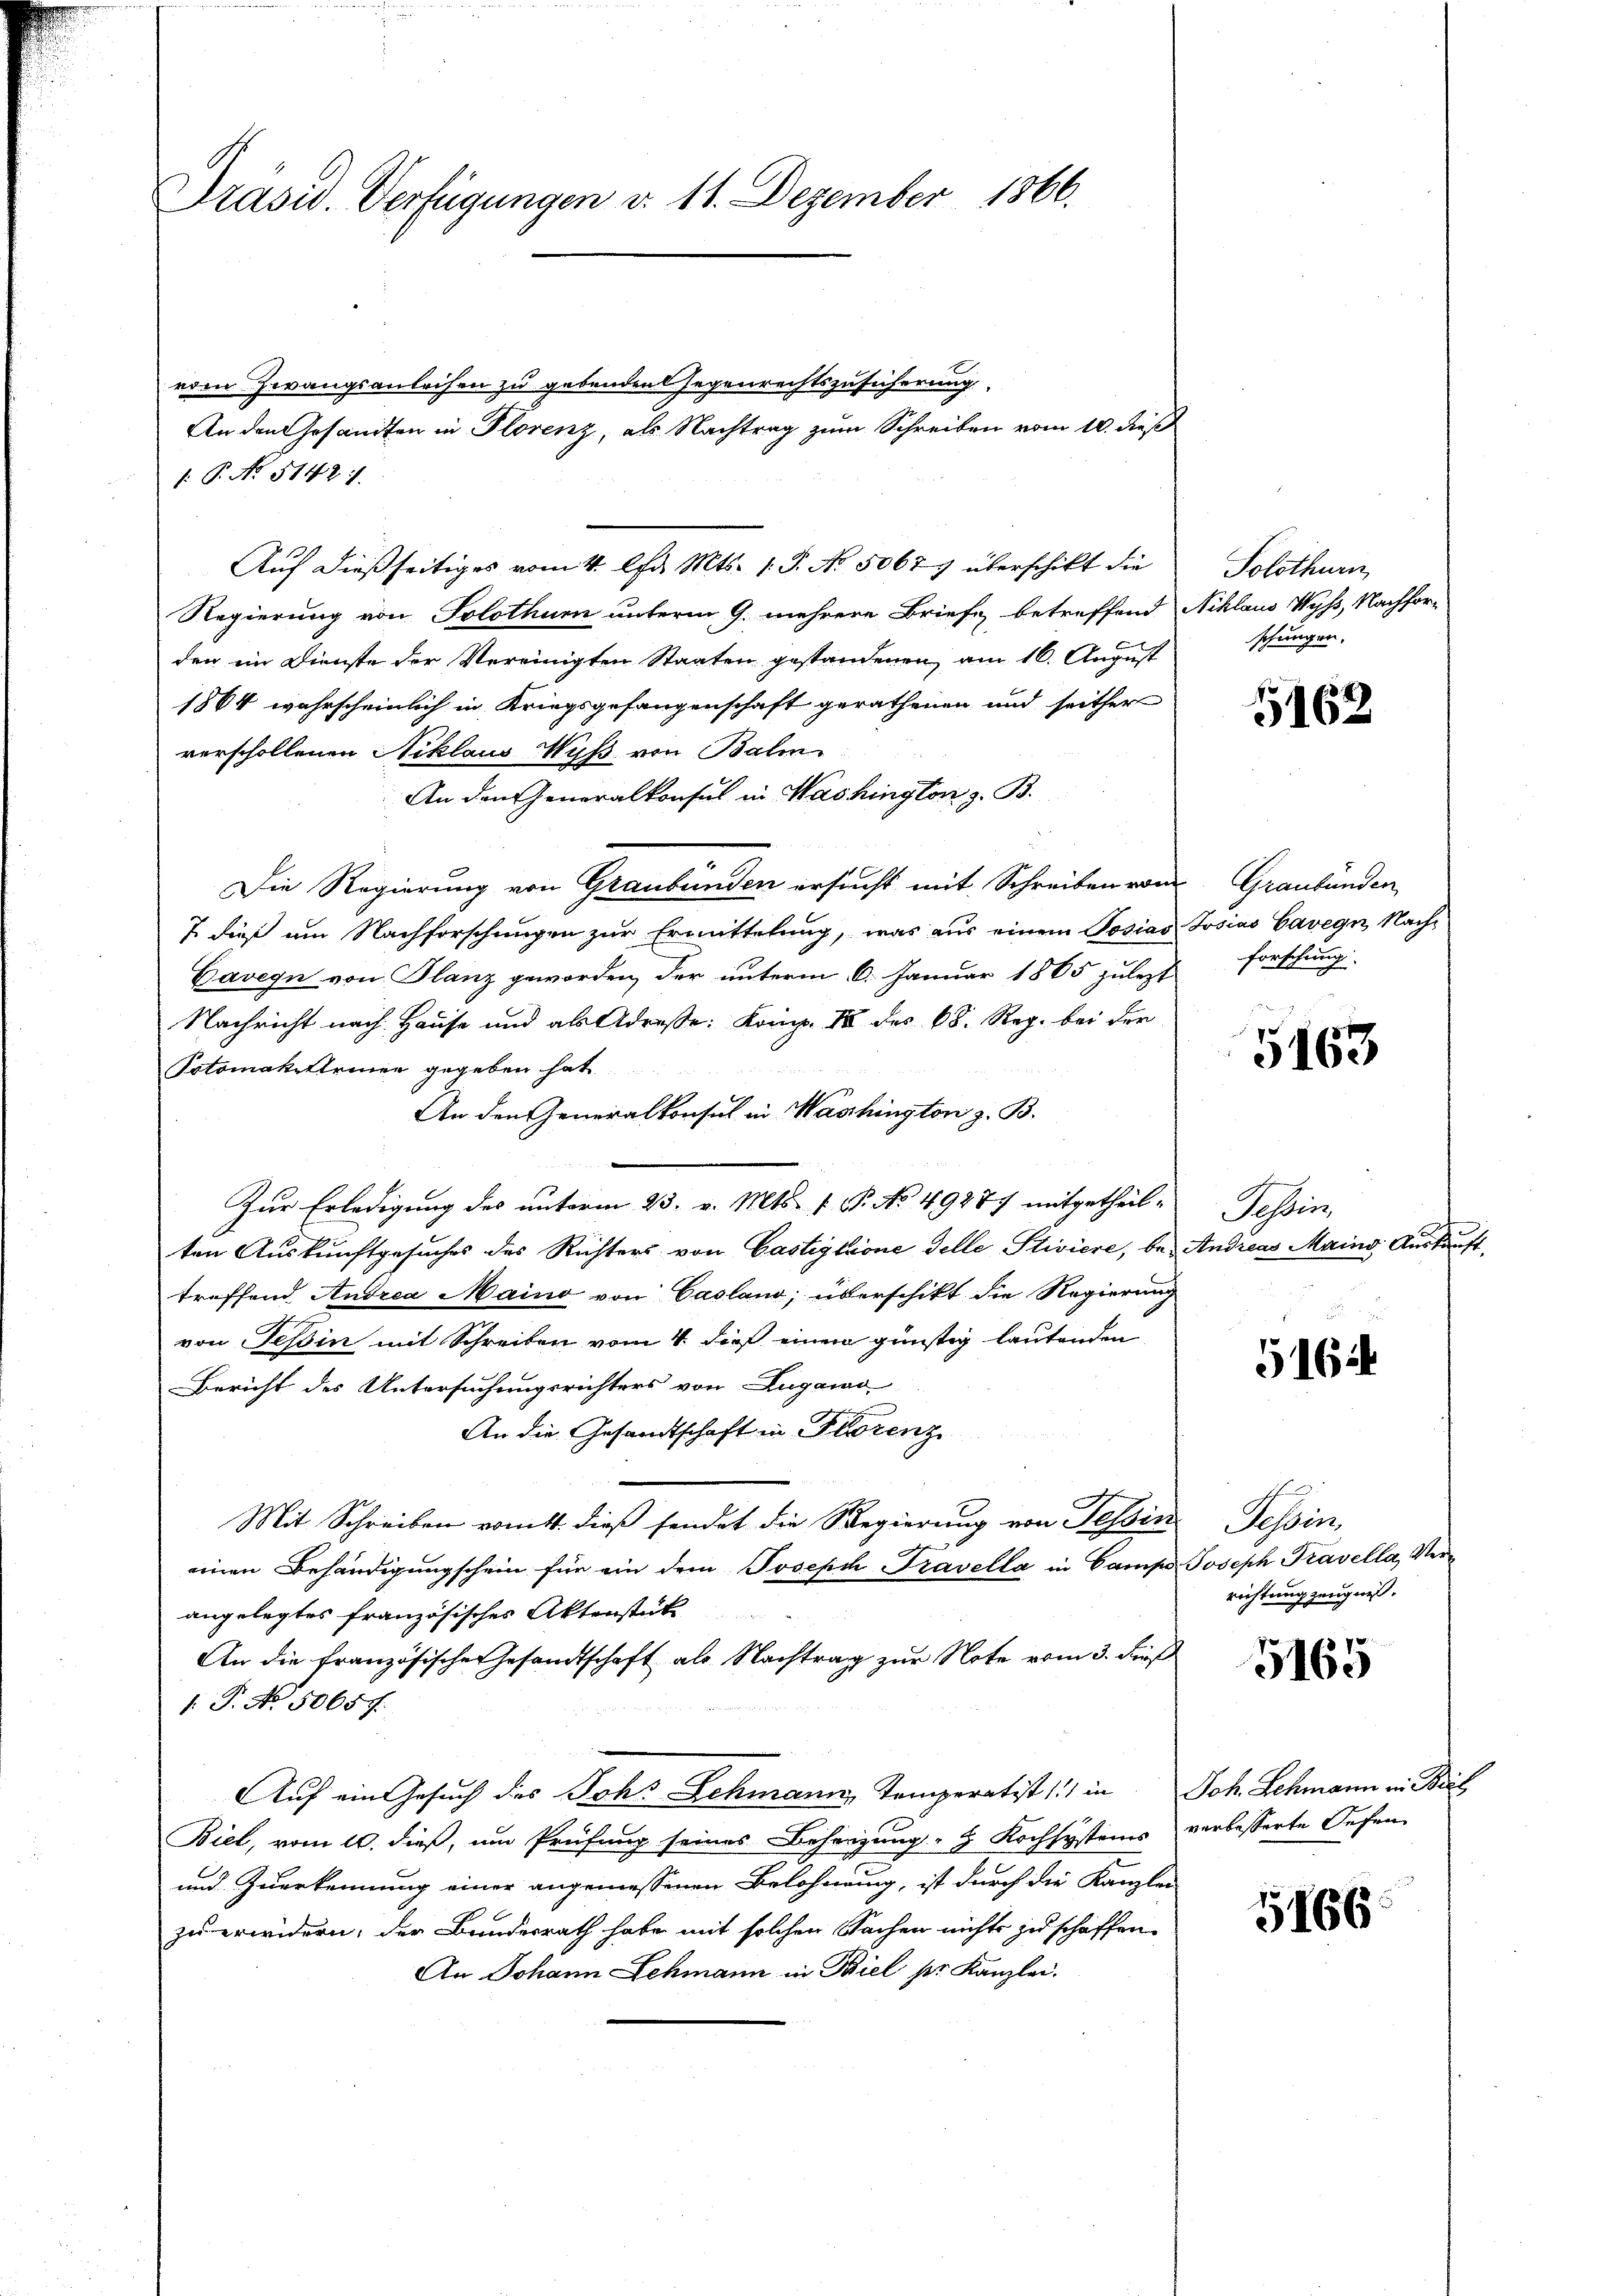
Präsid. Verfügungen d. 11. Dezember 1866.

eden Zwangsanleihen zu gebenden Gegenrechtszusicherung
An den Gesandten in Florenz, als Nachtrag zum Schreiben vom 10. dieß
1: P. No. 5142).
Auf dießseitiges vom 4. Apr. Mts. 1. P. No. 5067 überschikt die
Regierung von Solothum unterm 9. mehrere Briefe betreffend Niklaus Wyss, Nachfor-
den im Dienste der Vereinigten Staaten gestandenen, am 16. August
1864 wahrscheinlich in Kriegsgefangenschaft gerathenen und seither
verschollenen Niklaus Wyß von Bali
An den Generalkonsul in Washington z. B.
Die Regierung von Graubünden ersucht mit Schreiben von Graubünden
7 dieß am Nachforschungen zur Ermittelung, was aus einem Posias Josias Cavegn Nach¬
Gavegn von Planz geworden, der unterm 6. Januar 1865 zulezt forschung
Nachricht nach Hause und als Adresse: Komp. 18 des 68. Reg. bei der
Potomakittrinen gegeben hat
An den Generalkonsul in Washington z. B.
Zur Erledigung des unterm 23. v. Mts. 1. P. No 49277 mitgetheil- Tessin,
ten Auskunftgesuches des Richters von Castiglione delle Stiviere, be- Andreas Mains Auskauft,
treffend Andrea Maino von Casland; überschikt die Regierung
von Tessin mit Schreiben vom 4. dieß einem günstig lautenden
Bericht des Untersuchungsrichters von Lugano
An die Gesandtschaft in Florenz
Mit Schreiben vom 11. dieß sendet die Regierung von Tessin
einen Behändigungschein für ein dem Joseph Travella in Campe Joseph Travella, Verangelegtes französisches Aktenstück
An die französischer Gesandtschaft als Nachtrag zur Note vom 3. dieß
1: P. No. 50657.
Auf ein Gesuch des Johs Schmann, Temperatist 11 in Joh. Schmann in Beis
Biel, vom 10. dieß, um Prüfung seines Beheizung & Kochsystems verbesserte Oefen
und Zuerkennung einer angemessenen Belohnung, ist durch die Kanzlei
zu erwidern, der Bundesrath habe mit solchen Sachen nichts zu schaffen.
An Johann Lehmann in Biel pr. Kanzlei.

Solothurn,
schungen.

5162

5163

516

essen
richtung zeugniß.

5165

5166